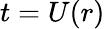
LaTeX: t=U(r)